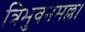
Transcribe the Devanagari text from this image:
त्रिभुवनमल्ल।